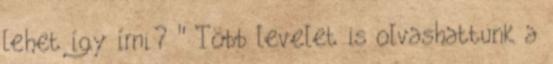
lehet így írni? " Több levelet is olvashattunk a